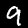
Label: 9